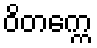
ဝိတက္ကေ